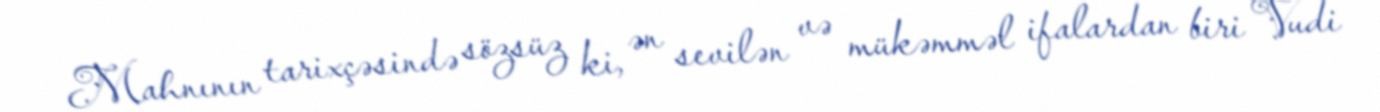
Mahnının tarixçəsində sözsüz ki, ən sevilən və mükəmməl ifalardan biri Vudi